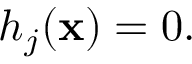
h _ { j } ( \mathbf { x } ) = 0 .